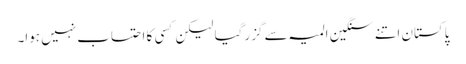
پاکستان اتنے سنگین المیہ سے گزر گیا لیکن کسی کا احتساب نہیں ہوا۔